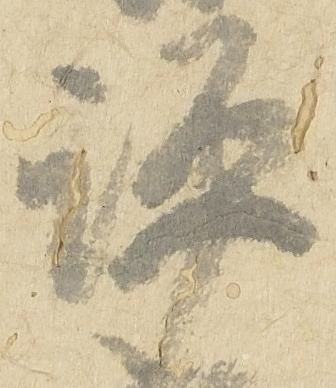
評